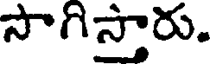
సాగిస్తారు.